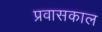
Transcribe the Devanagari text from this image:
प्रवासकाल